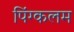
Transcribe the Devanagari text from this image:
पिंग्कलम